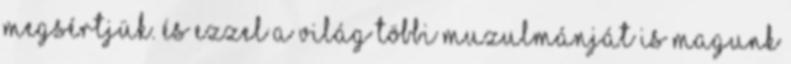
megsértjük. és ezzel a világ többi muzulmánját is magunk